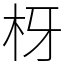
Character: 枒